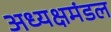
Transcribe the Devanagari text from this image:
अध्यक्षमंडल